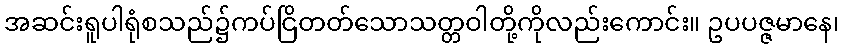
အဆင်းရူပါရုံစသည်၌ကပ်ငြိတတ်သောသတ္တဝါတို့ကိုလည်းကောင်း။ ဥပပဇ္ဇမာနေ၊